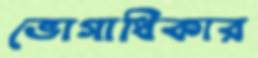
ভোগাধিকার